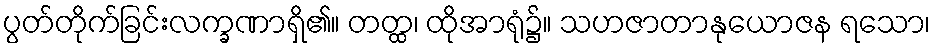
ပွတ်တိုက်ခြင်းလက္ခဏာရှိ၏။ တတ္ထ၊ ထိုအာရုံ၌။ သဟဇာတာနုယောဇန ရသော၊